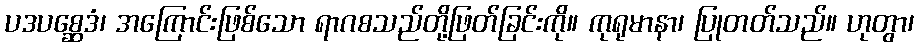
ပဒပစ္ဆေဒံ၊ အကြောင်းဖြစ်သော ရာဂစသည်တို့ဖြတ်ခြင်းကို။ ကုရုမာနာ၊ ပြုတတ်သည်။ ဟုတွာ၊